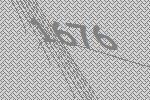
1676